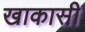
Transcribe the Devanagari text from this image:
खाकासी